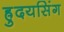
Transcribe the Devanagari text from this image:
ह्रुदयसिंग